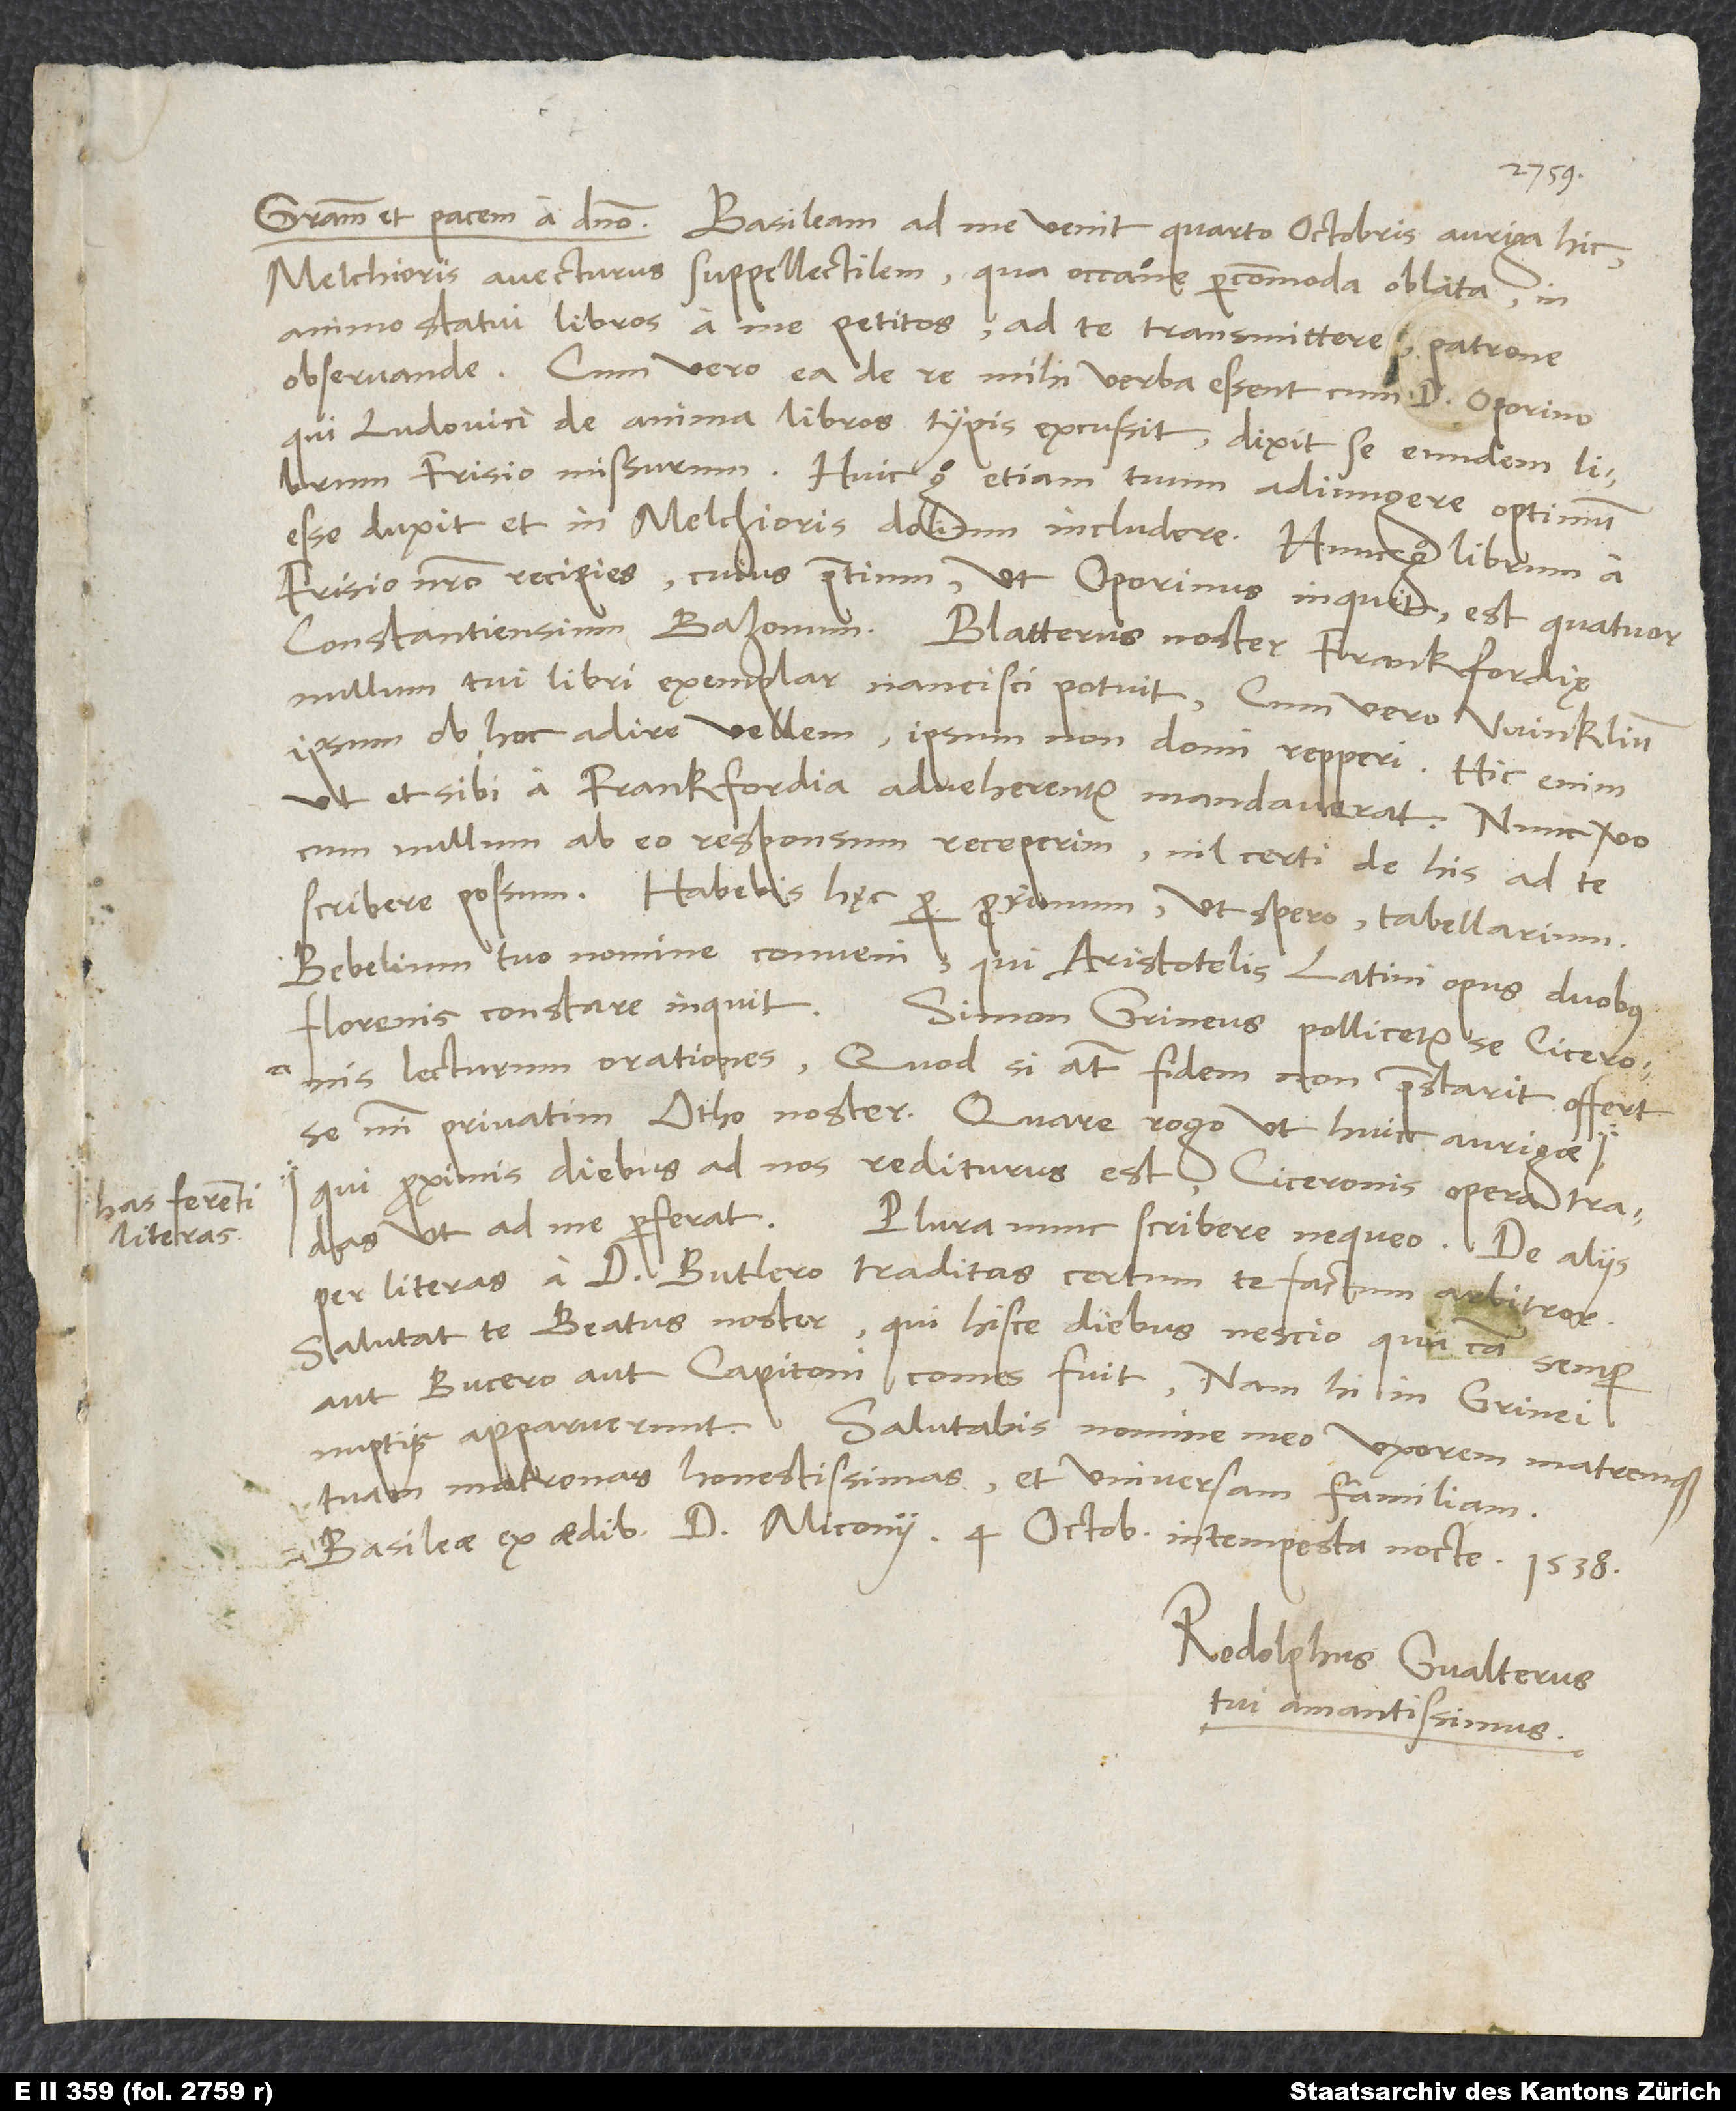
has ferenti
literas,

Melchioris avecturus suppellectilem, qua occasione percommoda oblata in
animo statui libros a me petitos ad te transmittere, patrone
observande. Cum vero ea de re mihi verba essent cum Oporino,
qui Ludovici De anima libros typis excussit, dixit se eundem librum
Frisio missurum; huic ergo etiam tuum adiungere optimum
esse duxit et in Melchioris dolium includere. Hunc ergo librum a
Frisio nostro recipies, cuius pretium, ut Oporinus inquit, est quatuor
nullum tui libri exemplar nancisci potuit; cum vero Winklium
ipsum ob hoc adire vellem, ipsum non domi repperi.
ut et sibi a Frankfordia adveherentur, mandaverat. Nunc vero,
cum nullum ab eo responsum receperim, nil certi de his ad te
scribere possum. Habebis hęc per proximum, ut spero, tabellarium.
Bebelium tuo nomine conveni, qui Aristotelis Latini opus duobus
lecturum orationes; quod si autem fidem non praestarit, offert
se mihi privatim Otho noster. Quare rogo, ut huic aurigae
qui proximis diebus ad nos rediturus est, Ciceronis opera tradas,
ut ad me perferat.
Plura nunc scribere nequeo. De aliis
per literas a d. Butlero traditas certum te factum arbitror.
Salutat te Beatus noster, qui hisce diebus nescio qua causa semper
aut Bucero aut Capitoni comes fuit; nam hi in Grinei
nuptiis apparuerunt.
Salutabis nomine meo uxorem matremque
tuam, matronas honestissimas, et universam familiam.
Basileae, ex aedibus d. Miconii, 4. octobris intempesta nocte 1538.
Rodolphus Gvalterus,
tui amantissimus.